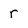
Character: r